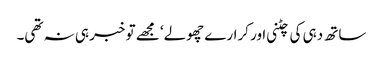
ساتھ دہی کی چٹنی اور کرارے چھولے‘ مجھے تو خبر ہی نہ تھی۔